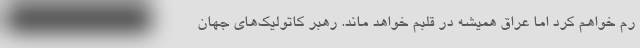
رم خواهم کرد اما عراق همیشه در قلبم خواهد ماند. رهبر کاتولیک‌های جهان